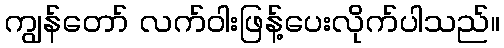
ကျွန်တော် လက်ဝါးဖြန့်ပေးလိုက်ပါသည်။